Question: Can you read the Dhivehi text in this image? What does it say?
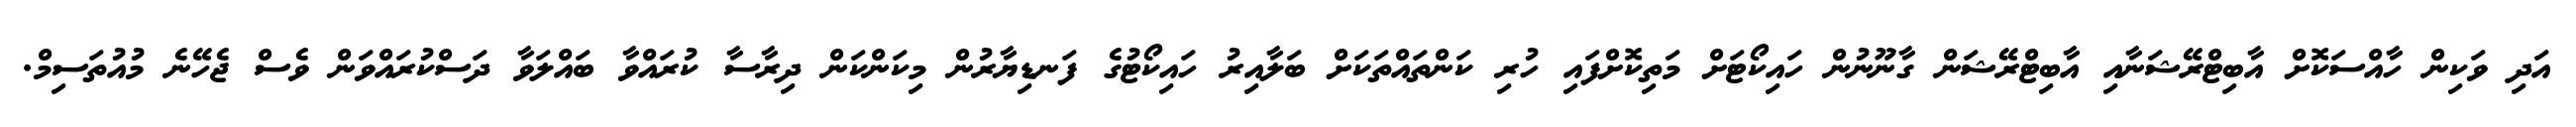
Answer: އަދި ވަކިން ހާއްސަކޮށް އާބިޓްރޭޝަނާއި އާބިޓްރޭޝަން ގާނޫނުން ހައިކޯޓަށް މަތިކޮށްފައި ހުރި ކަންތައްތަކަށް ބަލާއިރު ހައިކޯޓުގެ ފަނޑިޔާރުން މިކަންކަން ދިރާސާ ކުރައްވާ ބައްލަވާ ދަސްކުރައްވަން ވެސް ޖެހޭނެ މުއުތަސިމް.